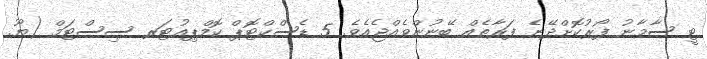
ޓީ ސާމާނު ފޯރުކޮށްދޭނެ ފަރާތެއް ބޭނުންވެއްޖެއެވެ. 5 ޑެސްކްޓޮޕް ކޮމްޕިއުޓަރ ސިސްޓަމް (ޔޫ.